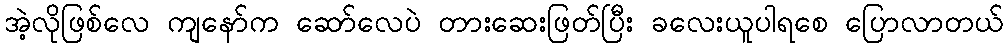
အဲ့လိုဖြစ်လေ ကျနော်က ဆော်လေပဲ တားဆေးဖြတ်ပြီး ခလေးယူပါရစေ ပြောလာတယ်